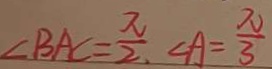
\angle B A C = \frac { \pi } { 2 } , \angle A = \frac { \pi } { 3 }